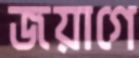
জয়াগে